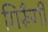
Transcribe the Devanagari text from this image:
गिरूँगी